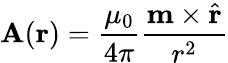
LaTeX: \mathbf{A}(\mathbf{r})={\frac{\mu_{0}}{4\pi}}{\frac{\mathbf{m}\times{\hat{\mathbf{r}}}}{r^{2}}}